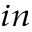
_ { i n }